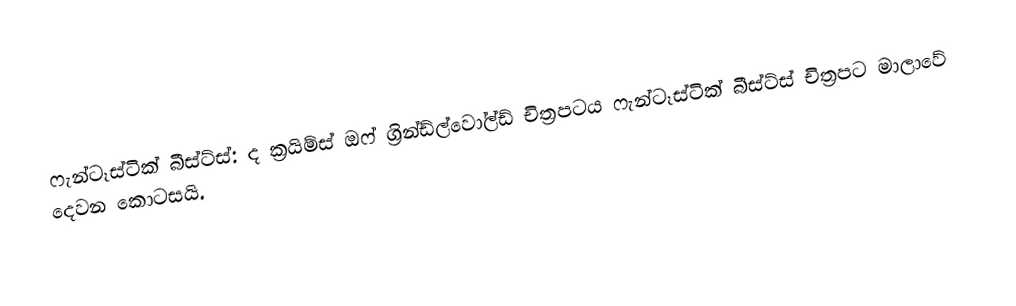
ෆැන්ටෑස්ටික් බීස්ට්ස්: ද ක්‍රයිම්ස් ඔෆ් ග්‍රින්ඩ්ල්වෝල්ඩ් චිත්‍රපටය ෆැන්ටෑස්ටික් බීස්ට්ස් චිත්‍රපට මාලාවේ දෙවන කොටසයි.